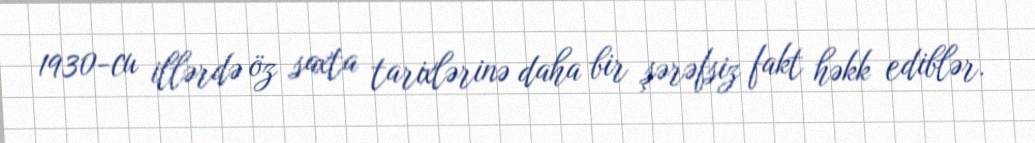
1930-cu illərdə öz saxta tarixlərinə daha bir şərəfsiz fakt həkk ediblər.